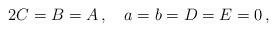
LaTeX: \begin{align*}2 C = B = A\, ,\quad a = b = D = E = 0\, ,\end{align*}